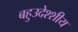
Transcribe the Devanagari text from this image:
बहुउदेश्शीय